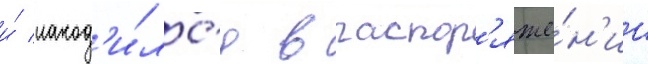
и́ наход'и́лс'я в распор'яже́н'ии